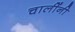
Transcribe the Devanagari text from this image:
चालींनी